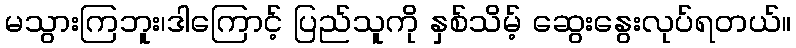
မသွားကြဘူး၊ဒါကြောင့် ပြည်သူကို နှစ်သိမ့် ဆွေးနွေးလုပ်ရတယ်။